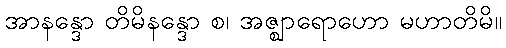
အာနန္ဒော တိမိနန္ဒော စ၊ အဇ္ဈာရောဟော မဟာတိမိ။